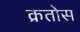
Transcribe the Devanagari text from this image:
क्रतोस